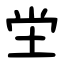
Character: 坣